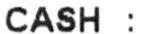
CASH :